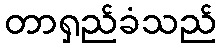
တာရှည်ခံသည်